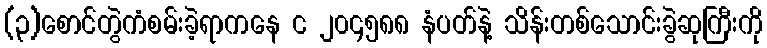
(၃)စောင်တွဲကံစမ်းခဲ့ရာကနေ င ၂၀၄၅၈၈ နံပတ်နဲ့ သိန်းတစ်သောင်းခွဲဆုကြီးကို